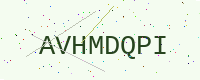
Text: AVHMDQPI